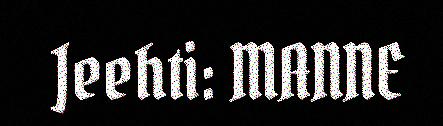
Jeehti: MANNE